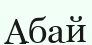
Абай